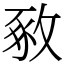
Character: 𢽴